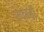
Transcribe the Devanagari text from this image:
एफावी